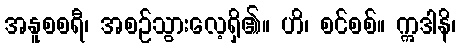
အနူစစရီ၊ အစဉ်သွားလေ့ရှိ၏။ ဟိ၊ စင်စစ်။ ဣဒါနိ၊